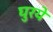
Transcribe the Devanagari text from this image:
घुरये